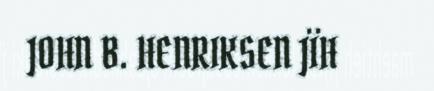
JOHN B. HENRIKSEN JÏH